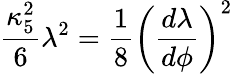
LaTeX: {\frac{\kappa_{5}^{2}}{6}}\lambda^{2}={\frac{1}{8}}\left({\frac{d\lambda}{d\phi}}\right)^{2}